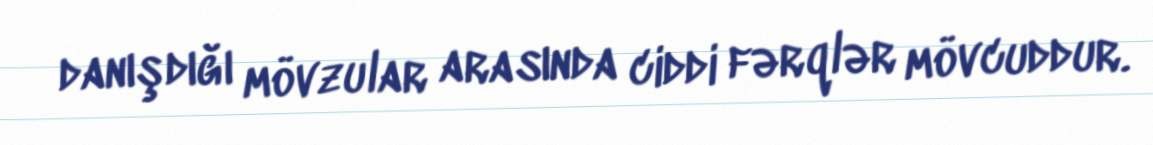
danışdığı mövzular arasında ciddi fərqlər mövcuddur.